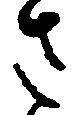
さ